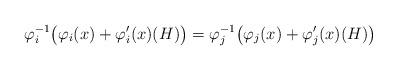
LaTeX: \begin{align*}\varphi_i^{-1}\big(\varphi_i(x) + \varphi_i'(x)(H)\big) = \varphi_j^{-1}\big(\varphi_j(x) + \varphi_j'(x)(H)\big) \end{align*}